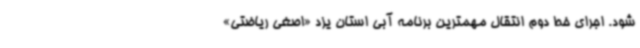
شود. اجرای خط دوم انتقال مهمترین برنامه آبی استان یزد «اصغی ریاضتی»